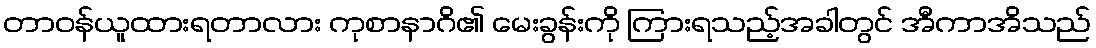
တာဝန်ယူထားရတာလား ကုစာနာဂိ၏ မေးခွန်းကို ကြားရသည့်အခါတွင် အီကာအိသည်